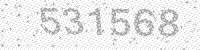
Solution: 531568